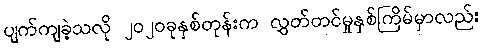
ပျက်ကျခဲ့သလို ၂၀၂၀ခုနှစ်တုန်းက လွှတ်တင်မှုနှစ်ကြိမ်မှာလည်း